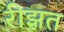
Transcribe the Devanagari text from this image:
रीझत